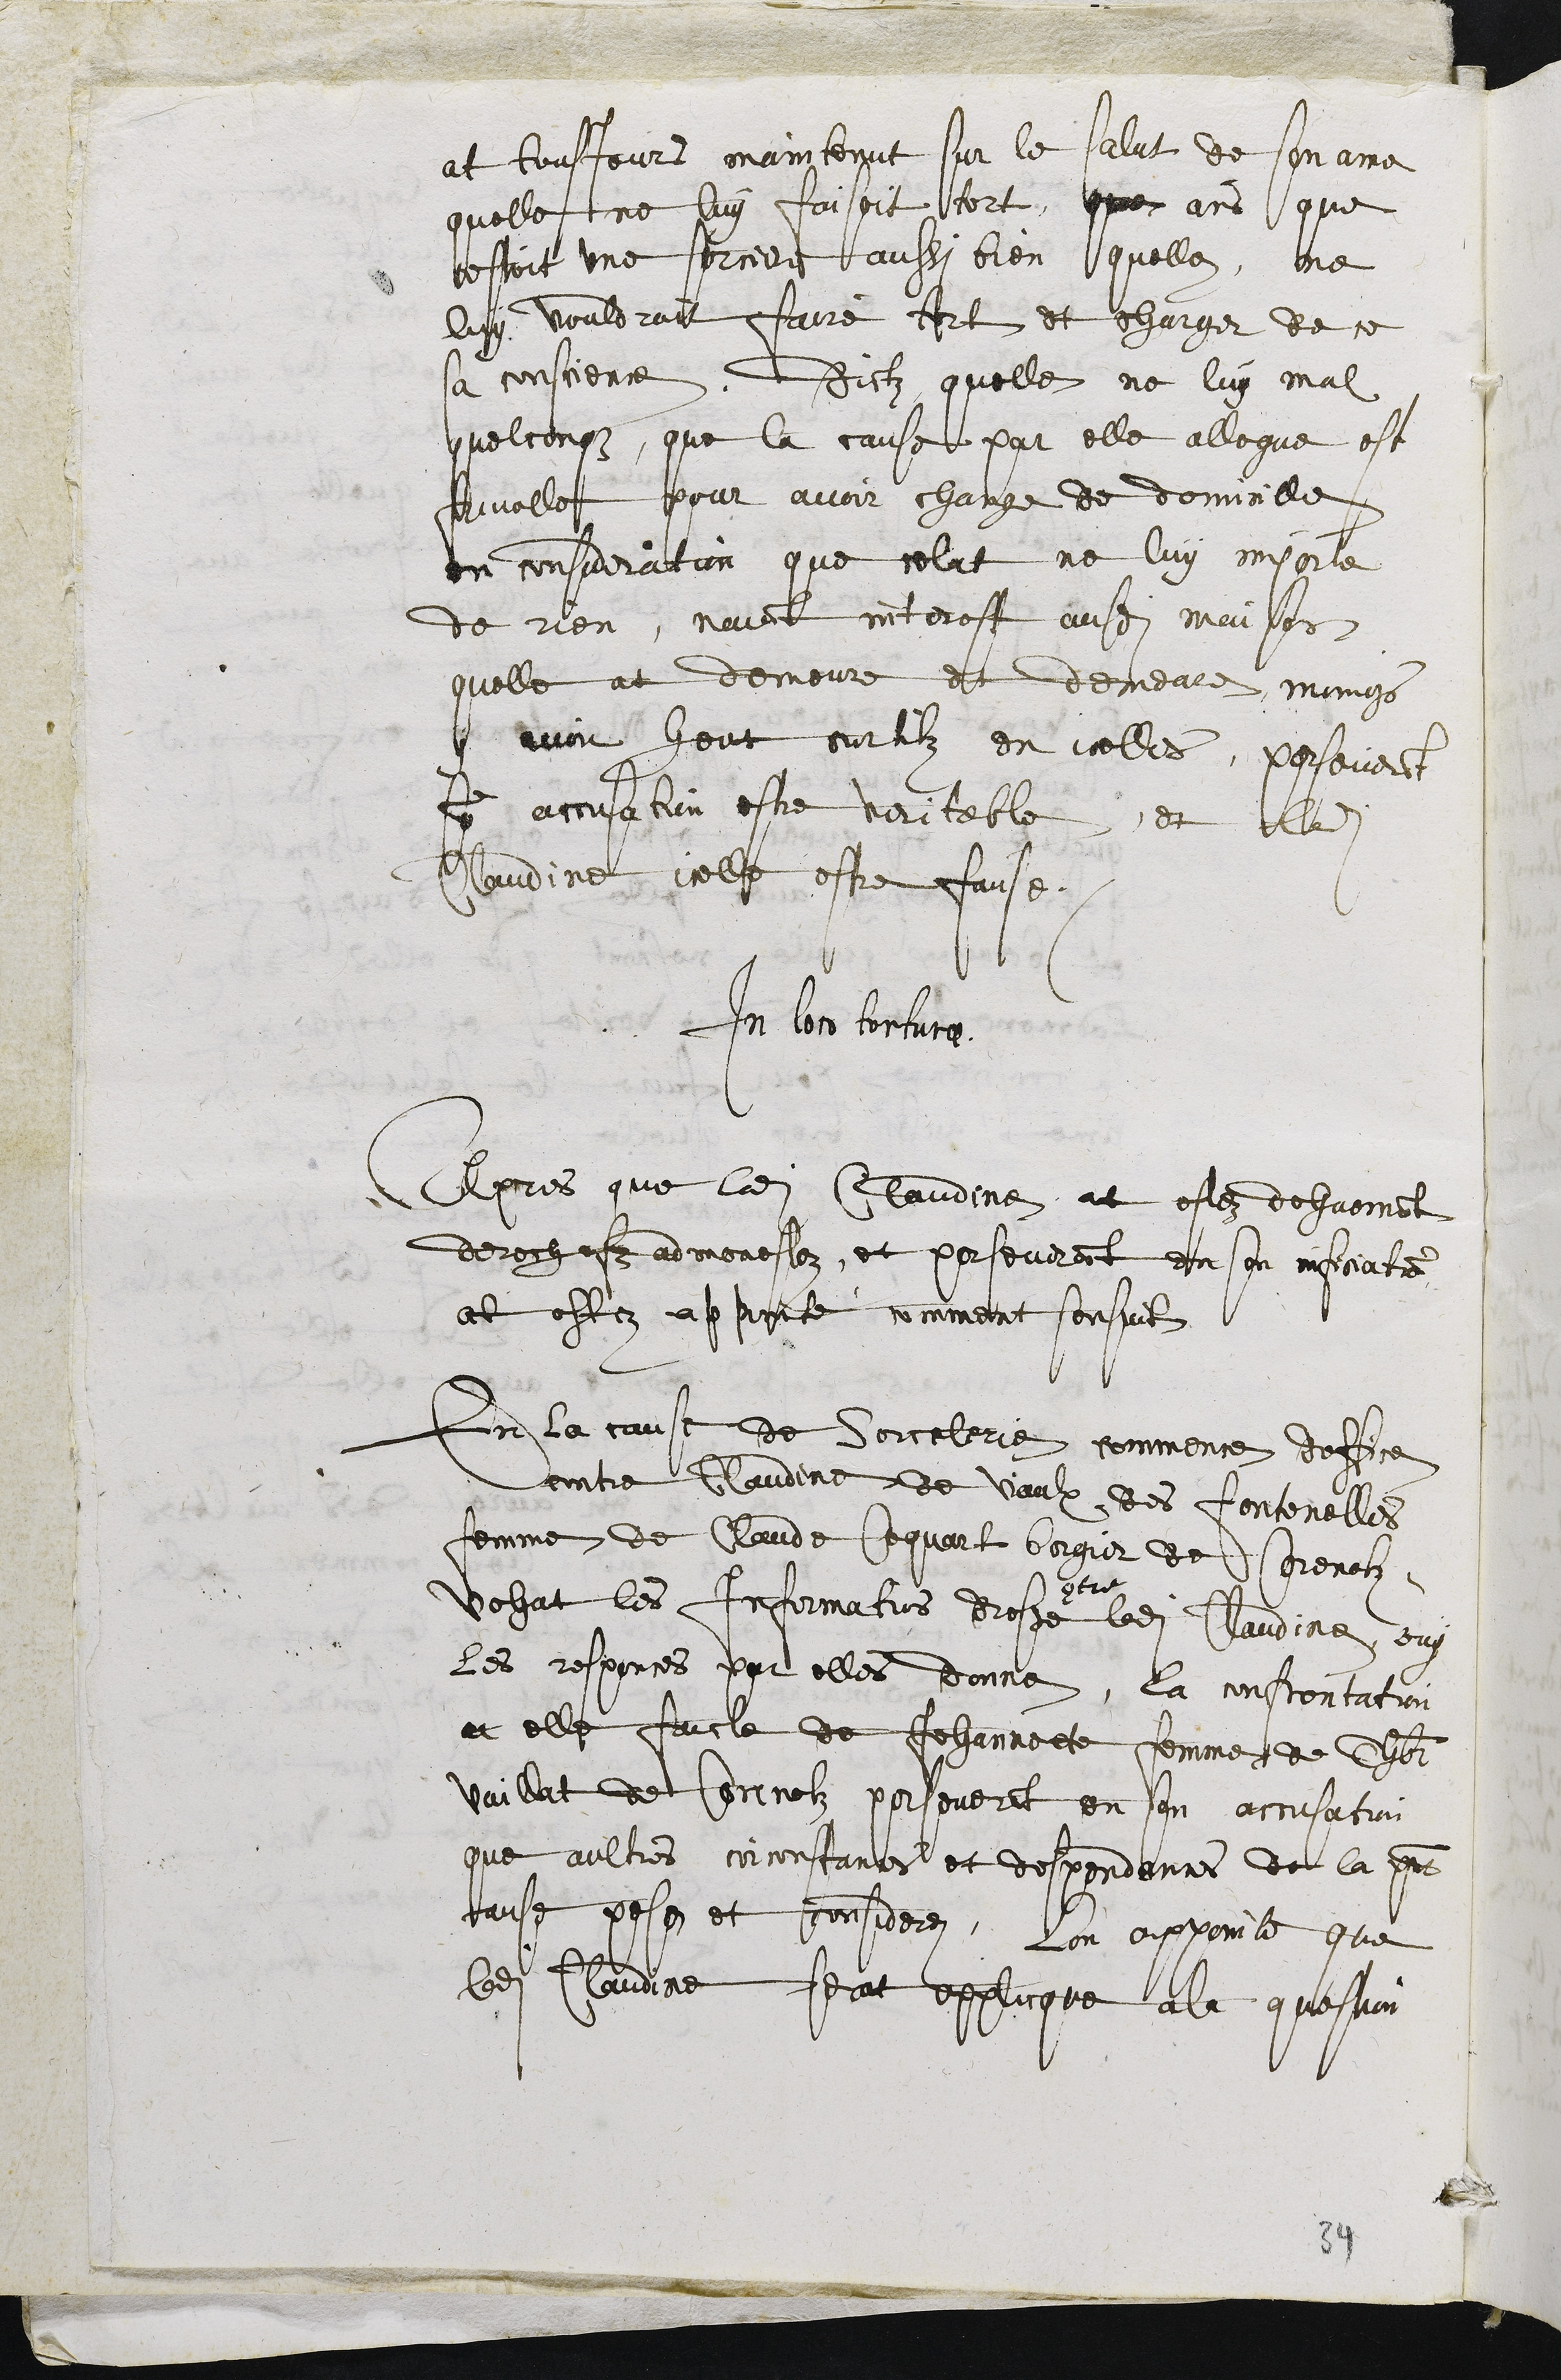
at tousjours maintenut sur le salut de son ame
quelle ne luy faisoit tort, que ains que
cestoit une sorciere aussi bien quelle, ne
luy vouldroit faire tort et charger de ce
sa conscience, Dictz quelle ne luy mal
quelconque, que la cause par elle allegue est
frivolle pour avoir change de domicille
en consideration que celat ne luy importe
de rien, naiant interest ausdit maison
quelle at demeure et demeure, moings
y avoit heut curtilz en icelles, perseverant
son accusation estre veritable, et ladite
Claudine icelle estre fause.
In loco torturae
Apres que ladite Claudine at estez dehument
derechefz admonestez, et perseverant en son inficiats
at estez appointé comment sensuit
En la cause de Sorcelerie commence doffice
contre Claudine de Vaulx des Fontenelles
femme de Claude Coquart bergier de Corenolz,
vehut les Informations dresse
contre
ladite Claudine, ouy
les responces par elles donne, la confrontation
a elle faicte de Jehannette femme de Thbt
Vaillat de Corenolz perseverant en son accusation
que aultres circonstantes et despendences de la presente
cause pose et considere, lon appointe que
ladite Claudine serat applicque a la question

34